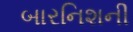
બારનિશની